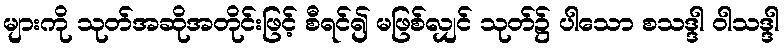
များကို သုတ်အဆိုအတိုင်းဖြင့် စီရင်၍ မဖြစ်လျှင် သုတ်၌ ပါသော စသဒ္ဒါ ဝါသဒ္ဒါ